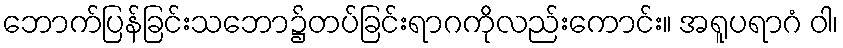
ဘောက်ပြန်ခြင်းသဘော၌တပ်ခြင်းရာဂကိုလည်းကောင်း။ အရူပရာဂံ ဝါ၊